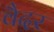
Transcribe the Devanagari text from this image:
वैदर